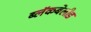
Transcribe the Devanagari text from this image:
ब्लॅकबेलीड